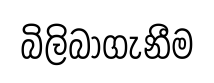
බිලිබාගැනීම